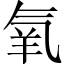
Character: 氧